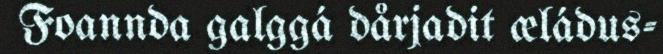
Foannda galggá dårjadit æládus-